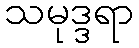
သမုဒ္ဒရာ